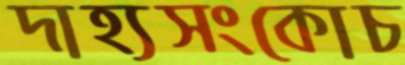
দাহ্যসংকোচ